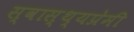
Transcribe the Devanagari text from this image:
स्वास्थ्यप्रेमी